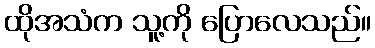
ထိုအသံက သူ့ကို ပြောလေသည်။